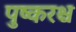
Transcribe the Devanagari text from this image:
पुष्करश्च